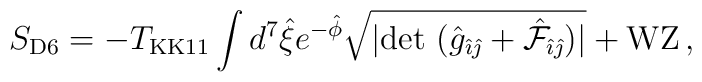
S_{{\rm D6}} = -T_{{\rm KK11}} \int d^{7}\hat{\xi}e^{-\hat{\phi}} \sqrt{|{\rm det}\ (\hat{g}_{\hat{\imath}\hat{\jmath}} +{\hat {\cal F}}_{\hat {\imath} \hat {\jmath}})|} +{\rm WZ}\, ,